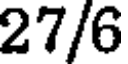
27/6